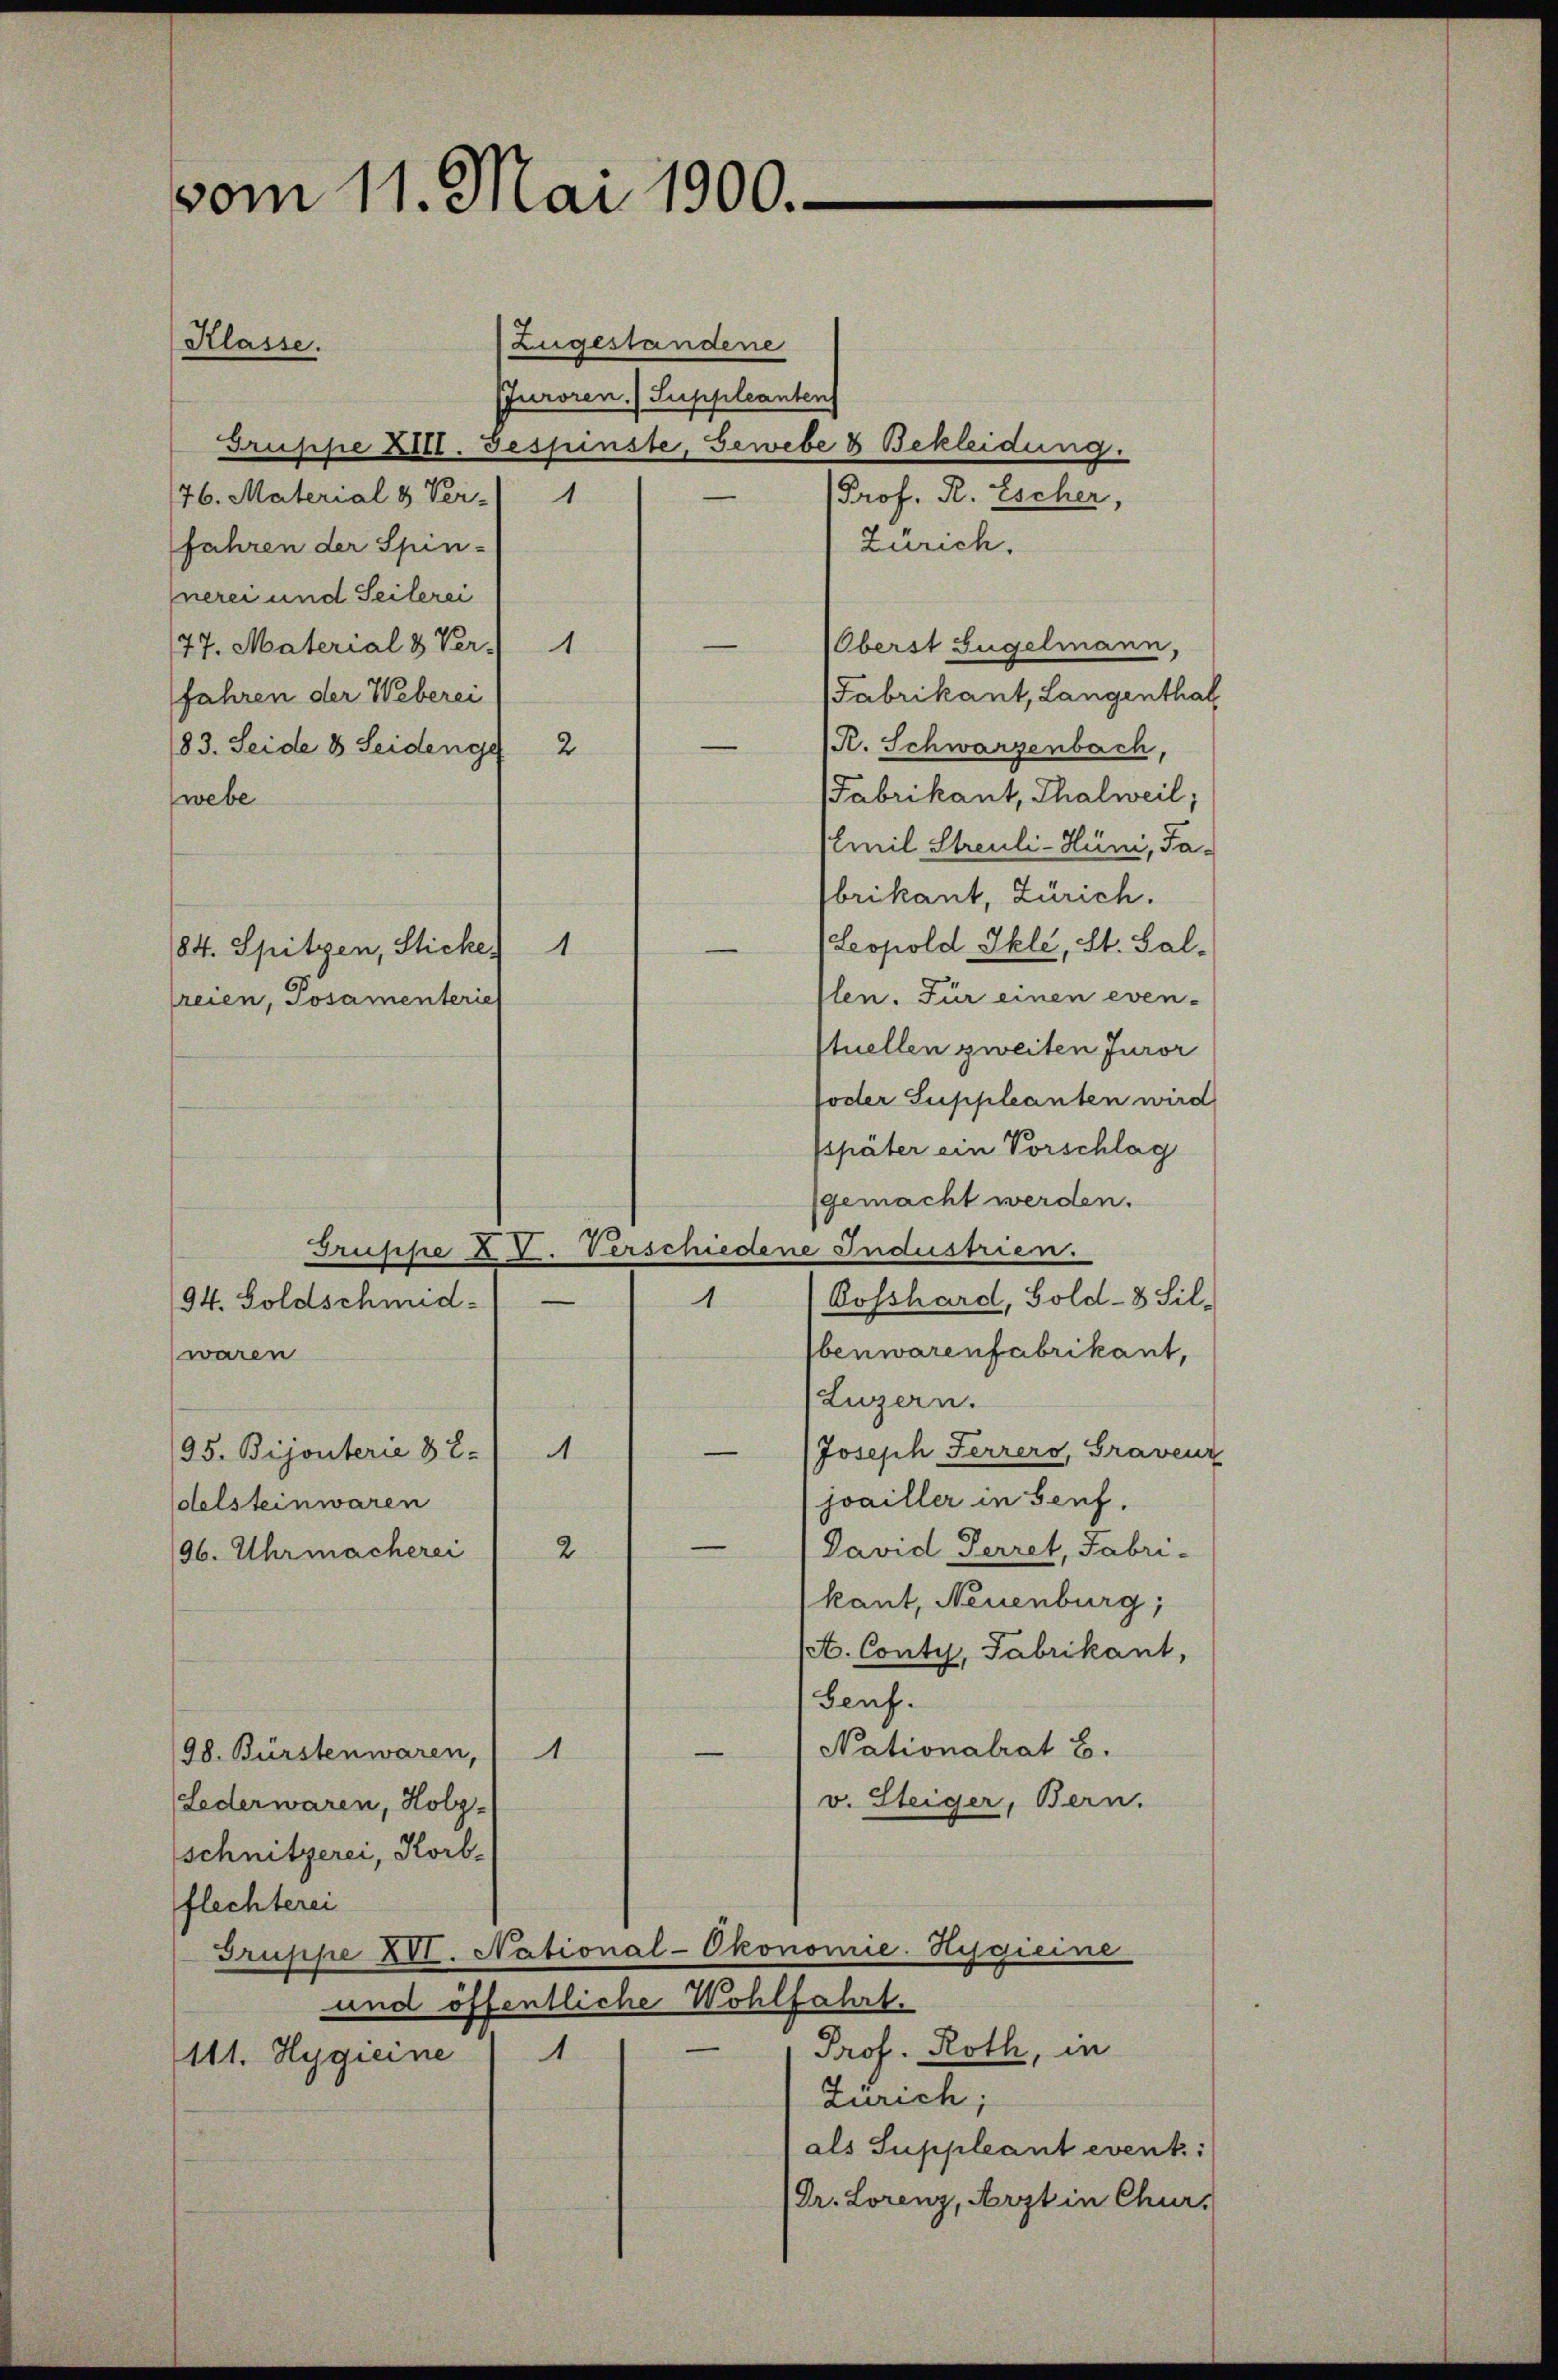
vom 11. Mai 1900.

Zugestandene
Pfuroren. Suppleanten
Gruppe Zitt. gespinste, Gewebe & Bekleidung.
76. Material & Ver- 1
Prof. R. Escher,
Zürich.
Jahren der Spin-
nerei und Seilerei
Oberst Gugelmann,
77. Material 3 Ver.) 1
(Fabrikant, Langenthal
fahren der Weberei
.
R. Schwarzenbach,
83. Seide 8. Seidenge 2
Fabrikant, Thalweil;
webe
Emil Streuli-Hüni, Ta-
brikant, Zürich.
Leopold Ikle, St. Gal-
e
len. Für einen even-
stuellen zweiten Juror
foder Suppleanten wird
später ein Vorschlag
gemacht werden.
Bosshard, Gold- & Sil-
1
94. Soldschmid-
benwarenfabrikant,
waren
Luzern.
e
Joseph Ferrers, Graveur
95. Bijouterie 8 2.) A
joailler in Genf,
delsteinwaren
(David Herret, Fabri-
2
196. Uhrmacherei
(kant, Neuenburg;
set. Conty, Fabrikant,
Benf.
Nationalrat B.
—
1
98. Bürstenwaren,
v. Steiger, Bern.
Leder waren, Holz-
schnitzerei, Korbflechterei
Gruppe XVI. National-Okonomie-Hygieine
und öffentliche Wohlfahrt.
Prof. Roth, in
111. Hygieine 1
Zürich;
als Suppleant evenk:
(Dr. Lorenz, Arzt in Chur,

Klasse.

84. Spitzen, Sticke 1

reien, Posamenterie

Gruppe XV. Verschiedene Industrien.

s